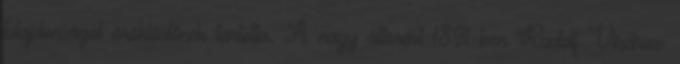
tulajdonságot öröklődőnek tartotta. A nagy áttörést 1891-ben Rudolf Virchow